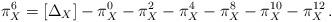
LaTeX: \begin{align*}\pi_X^6= [\Delta_X] - \pi_X^0 - \pi_X^2 - \pi_X^4 - \pi_X^8 - \pi_X^{10}-\pi_X^{12}\, .\end{align*}